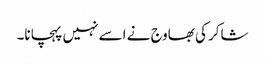
شاکر کی بھاوج نے اسے نہیں پہچانا۔